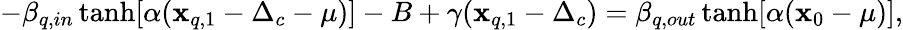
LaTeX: -\beta_{q,in}\operatorname{tanh}[\alpha(\mathbf{x}_{q,1}-\Delta_{c}-\mu)]-B+\gamma(\mathbf{x}_{q,1}-\Delta_{c})=\beta_{q,out}\operatorname{tanh}[\alpha(\mathbf{x}_{0}-\mu)],